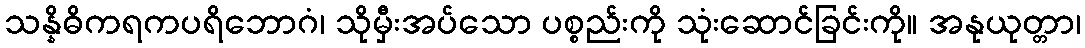
သန္နိဓိကရကပရိဘောဂံ၊ သိုမှီးအပ်သော ပစ္စည်းကို သုံးဆောင်ခြင်းကို။ အနုယုတ္တာ၊